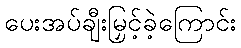
ပေးအပ်ချီးမြှင့်ခဲ့ကြောင်း